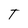
Character: T